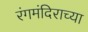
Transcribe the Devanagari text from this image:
रंगमंदिराच्या